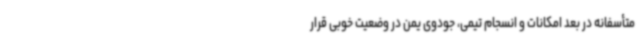
متأسفانه در بعد امکانات و انسجام تیمی، جودوی یمن در وضعیت خوبی قرار